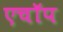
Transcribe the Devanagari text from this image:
एचॉप